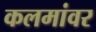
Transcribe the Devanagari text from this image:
कलमांवर